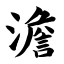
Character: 澹